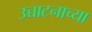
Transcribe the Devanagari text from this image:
उच्चाटनाच्या